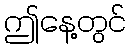
ဤနေ့တွင်